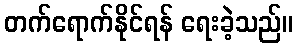
တက်ရောက်နိုင်ရန် ရေးခဲ့သည်။